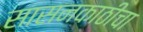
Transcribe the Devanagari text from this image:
सासनकाठीचा